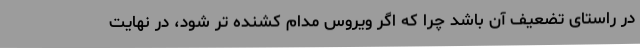
در راستای تضعیف آن باشد چرا که اگر ویروس مدام کشنده تر شود، در نهایت